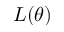
L ( \theta )